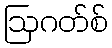
ဩဂတ်စ်